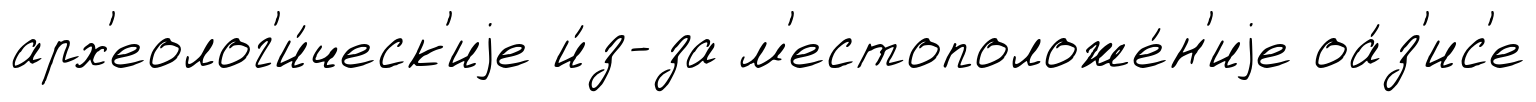
арх'еолог'и́ческ'иjе и́з-за м'естоположе́н'иjе оа́з'ис'е